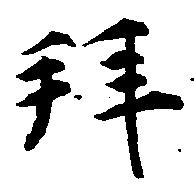
拝